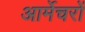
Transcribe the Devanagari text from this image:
आर्मेचरों